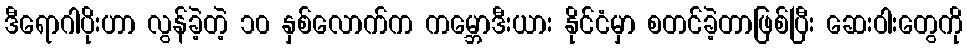
ဒီရောဂါပိုးဟာ လွန်ခဲ့တဲ့ ၁၀ နှစ်လောက်က ကမ္ဘောဒီးယား နိုင်ငံမှာ စတင်ခဲ့တာဖြစ်ပြီး ဆေးဝါးတွေကို